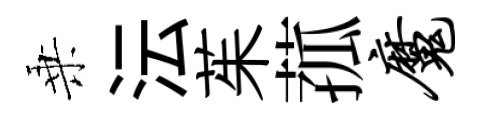
乗沄茱菰魔